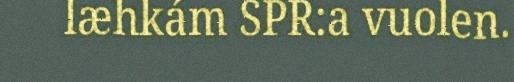
læhkám SPR:a vuolen.